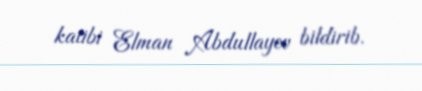
katibi Elman Abdullayev bildirib.